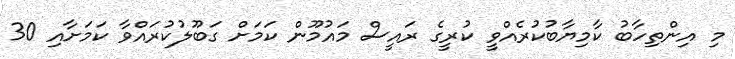
މި އިންތިހާބު ކާމިޔާބުކުރެއްވީ ކުރީގެ ރައީސް މައުމޫން ކަމަށް ގަބޫލުކުރައްވާ ކަމަށާއި 30